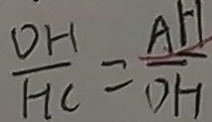
\frac { D H } { H C } = \frac { A H } { D H }